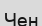
Чен